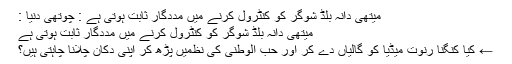
میتھی دانہ بلڈ شوگر کو کنٹرول کرنے میں مددگار ثابت ہوتی ہے : چوتھی دنیا :
میتھی دانہ بلڈ شوگر کو کنٹرول کرنے میں مددگار ثابت ہوتی ہے
← کیا کنگنا رنوت میڈیا کو گالیاں دے کر اور حب الوطنی کی نظمیں پڑھ کر اپنی دکان چلانا چاہتی ہیں؟